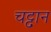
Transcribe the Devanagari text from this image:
चट्ट़ान